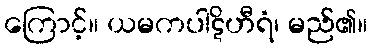
ကြောင့်။ ယမကပါဋိဟီရံ၊ မည်၏။